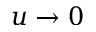
u \rightarrow 0